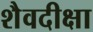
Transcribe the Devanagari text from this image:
शैवदीक्षा